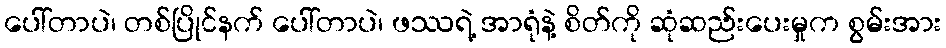
ပေါ်တာပဲ၊ တစ်ပြိုင်နက် ပေါ်တာပဲ၊ ဖဿရဲ့ အာရုံနဲ့ စိတ်ကို ဆုံဆည်းပေးမှုက စွမ်းအား